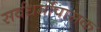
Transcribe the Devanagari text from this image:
सर्वधर्मोपासक